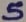
Text: 5